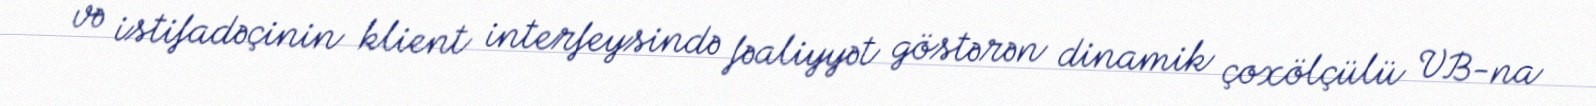
və istifadəçinin klient interfeysində fəaliyyət göstərən dinamik çoxölçülü VB-na